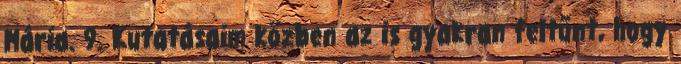
Mária. 9. Kutatásaim közben az is gyakran feltűnt, hogy